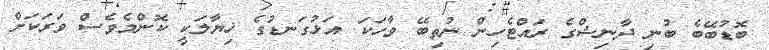
ބޮޑުބޭބެ ބުނި ދާނިޝްގެ ރައްޓެހިން ނުތިބޭ ވާހަކަ. އަޅުގަނޑުގެ ޚިޔާލަކީ ކޮންމެވެސް ވަރަކަށް